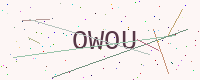
Text: OWOU